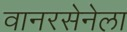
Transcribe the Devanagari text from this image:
वानरसेनेला